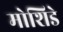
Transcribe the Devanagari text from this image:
मोशिडे